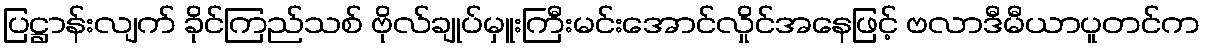
ပြဋ္ဌာန်းလျက် ခိုင်ကြည်သစ် ဗိုလ်ချုပ်မှူးကြီးမင်းအောင်လှိုင်အနေဖြင့် ဗလာဒီမီယာပူတင်က